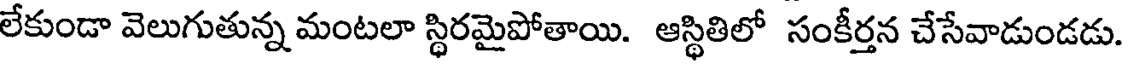
లేకుండా వెలుగుతున్న మంటలా స్థిరమైపోతాయి. ఆస్థితిలో సంకీర్తన చేసేవాడుండడు.